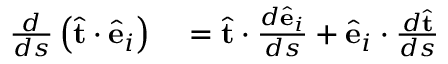
\begin{array} { r l } { \frac { d } { d s } \left( \hat { \bf t } \cdot \hat { \bf e } _ { i } \right) } & { { } = \hat { \bf t } \cdot \frac { d \hat { \bf e } _ { i } } { d s } + \hat { \bf e } _ { i } \cdot \frac { d \hat { \bf t } } { d s } } \end{array}